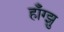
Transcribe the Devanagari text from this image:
हॉँग्झु